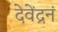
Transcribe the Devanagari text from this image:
देवेंद्रनं